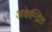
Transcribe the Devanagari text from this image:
अकेन्द्रित